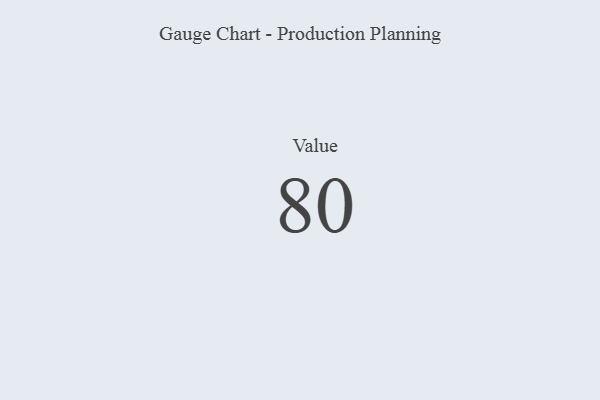
{"axis": {"x": "Metric", "y": "Value"}, "legend": [""], "data": [{"x": "Value", "y": 80, "type": ""}]}